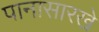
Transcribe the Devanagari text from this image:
पानासारखे